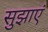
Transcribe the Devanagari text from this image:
सुझाएं